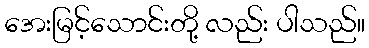
အေးမြင့်သောင်းတို့ လည်း ပါသည်။